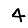
Digit: 4